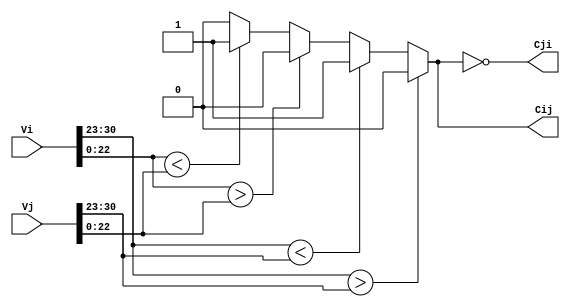
`timescale 1ns / 1ps

module Comparator(
  input [31:0] Vi,
  input [31:0] Vj,
  output Cij,
  output Cji
);

  reg Vi_sign, Vj_sign;
  reg [7:0] Vi_exponent, Vj_exponent;
  reg [22:0] Vi_mantissa, Vj_mantissa;
  reg Cij_reg;

  always @(*) begin
    Vi_sign = Vi[31];
    Vi_exponent = Vi[30:23];
    Vi_mantissa = Vi[22:0];
    
    Vj_sign = Vj[31];
    Vj_exponent = Vj[30:23];
    Vj_mantissa = Vj[22:0];
    
    if (Vi_exponent > Vj_exponent)
      Cij_reg = 1'b0;
    else if (Vi_exponent < Vj_exponent)
      Cij_reg = 1'b1;
    else begin
      if (Vi_mantissa > Vj_mantissa)
        Cij_reg = 1'b0;
      else if (Vi_mantissa < Vj_mantissa)
        Cij_reg = 1'b1;
      else
        Cij_reg = 1'b0;
    end
  end
  
  assign Cij = Cij_reg;
  assign Cji=~Cij_reg;

endmodule






//TestBench
//TestBench
// Code your testbench here
// or browse Examples
module Comparator_tb;

  // Parameters
  parameter CLK_PERIOD = 10; // Clock period in time units
  parameter SIM_TIME = 100;  // Simulation time in time units
  
  // Signals
  reg [31:0] Vi, Vj;
  reg clk;
  wire Cij;
  wire Cji;
  
  // Instantiate the module under test
  Comparator comparator_inst (
    .Vi(Vi),
    .Vj(Vj),
    .Cij(Cij),
    .Cji(Cji)
  );
  
  // Clock generation
  always #((CLK_PERIOD)/2) clk = ~clk;
  
  // Stimulus
  initial begin
    $dumpfile("comparator_tb.vcd");
    $dumpvars(0, Comparator_tb);
    
    // Test cases
    Vi = 32'h40e00000;  // Vi = 7
    Vj = 32'h00000001;  // Vj = 1
    #10;
    
    Vi = 32'h41b80000;  // Vi = 23
    Vj = 32'h3f800000;  // Vj = 1
    #10;
    
    Vi = 32'h41200000;  // Vi = 10.0 (IEEE 754 single precision floating point)
    Vj = 32'h3F800001;  // Vj = 1.00000012 (IEEE 754 single precision floating point)
    #10;
    
    Vi = 32'h3f800000;  // Vi = 1.0 (IEEE 754 single precision floating point)
    Vj = 32'h3F800001;  // Vj = 1.00000012 (IEEE 754 single precision floating point)
    #10;
    
    Vi = 32'h3F800000;  // Vi = 1.0 (IEEE 754 single precision floating point)
    Vj = 32'h3F800000;  // Vj = 1.0 (IEEE 754 single precision floating point)
    #10;
    
    Vi = 32'h3F800000;  // Vi = 1.0 (IEEE 754 single precision floating point)
    Vj = 32'h40000000;  // Vj = 2.0 (IEEE 754 single precision floating point)
    #10;
    
    Vi = 32'h40000000;  // Vi = 2.0 (IEEE 754 single precision floating point)
    Vj = 32'h3F800000;  // Vj = 1.0 (IEEE 754 single precision floating point)
    #10;
    
    $finish;
  end
  
endmodule